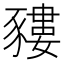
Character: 䝏